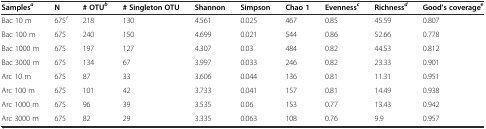
| Samplesa | N | # OTUb | # Singleton OTU | Shannon | Simpson | Chao 1 | Evennessc | Richnessd | Good’s coveragee |
 | --- | --- | --- | --- | --- | --- | --- | --- | --- | --- |
 | Bac 10 m | 675f | 218 | 130 | 4.561 | 0.025 | 467 | 0.85 | 45.59 | 0.807 |
 | Bac 100 m | 675 | 240 | 150 | 4.699 | 0.021 | 544 | 0.86 | 52.66 | 0.778 |
 | Bac 1000 m | 675 | 197 | 127 | 4.307 | 0.03 | 484 | 0.82 | 44.53 | 0.812 |
 | Bac 3000 m | 675 | 134 | 67 | 3.997 | 0.033 | 246 | 0.82 | 23.33 | 0.901 |
 | Arc 10 m | 675 | 87 | 33 | 3.606 | 0.044 | 136 | 0.81 | 11.31 | 0.951 |
 | Arc 100 m | 675 | 101 | 42 | 3.733 | 0.041 | 157 | 0.81 | 14.49 | 0.938 |
 | Arc 1000 m | 675 | 96 | 39 | 3.535 | 0.06 | 153 | 0.77 | 13.43 | 0.942 |
 | Arc 3000 m | 675 | 82 | 29 | 3.335 | 0.063 | 108 | 0.76 | 9.9 | 0.957 |